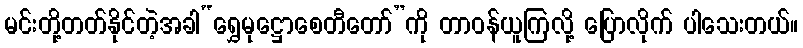
မင်းတို့တတ်နိုင်တဲ့အခါ“ရွှေမုဋ္ဌောစေတီတော်”ကို တာဝန်ယူကြလို့ ပြောလိုက် ပါသေးတယ်။